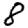
Digit: 8